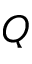
Q